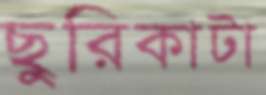
ছুরিকাটা